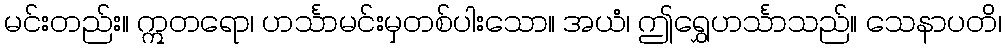
မင်းတည်း။ ဣတရော၊ ဟင်္သာမင်းမှတစ်ပါးသော။ အယံ၊ ဤရွှေဟင်္သာသည်။ သေနာပတိ၊